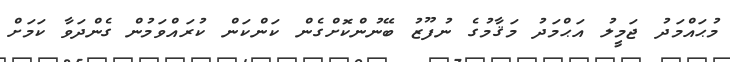
މުޙައްމަދު ޖަމީލު އަޙްމަދު މަޤާމުގެ ނުފޫޒު ބޭނުންކޮށްގެން ކަންކަން ކުރައްވަމުން ގެންދަވާ ކަމަށް